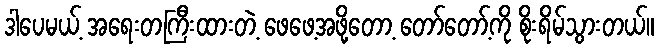
ဒါပေမယ့် အရေးတကြီးထားတဲ့ ဖေဖေ့အဖို့တော့ တော်တော့်ကို စိုးရိမ်သွားတယ်။